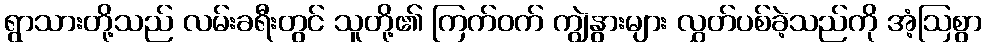
ရွာသားတို့သည် လမ်းခရီးတွင် သူတို့၏ ကြက်ဝက် ကျွဲနွားများ လွှတ်ပစ်ခဲ့သည်ကို အံ့ဩစွာ